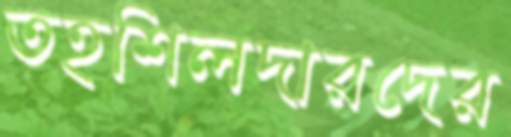
তহশিলদারদের